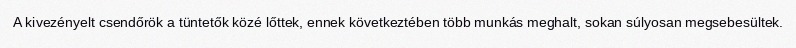
A kivezényelt csendőrök a tüntetők közé lőttek, ennek következtében több munkás meghalt, sokan súlyosan megsebesültek.